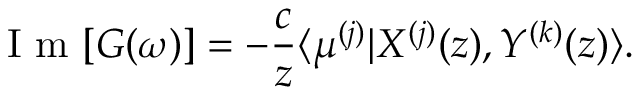
\mathrm { ~ I ~ m ~ } [ G ( \omega ) ] = - \frac { c } { z } \langle \mu ^ { ( j ) } | X ^ { ( j ) } ( z ) , Y ^ { ( k ) } ( z ) \rangle .